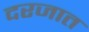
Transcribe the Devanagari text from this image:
दरजात